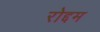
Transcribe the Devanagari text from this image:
रोद्दम